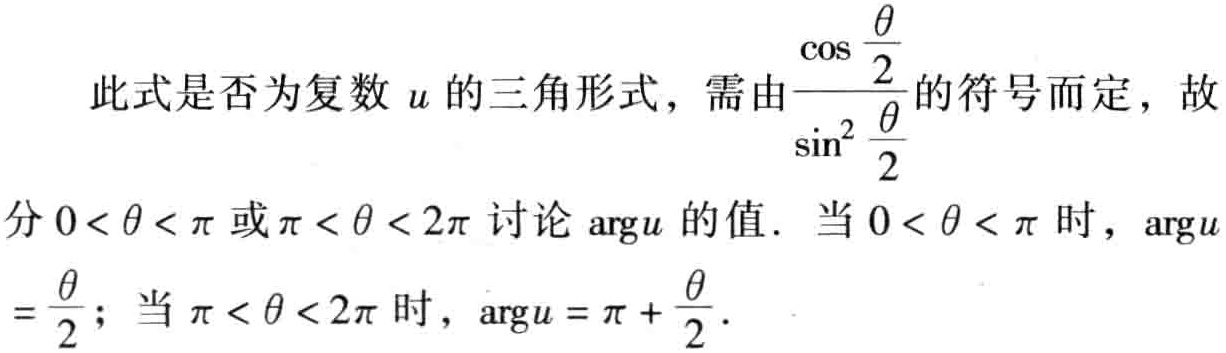
此式是否为复数 \(u\) 的三角形式，需由\(\frac{\cos \frac{\theta}{2}}{\sin^{2} \frac{\theta}{2}}\)的符号而定，故分\(0<\theta<\pi\)或\(\pi<\theta<2\pi\)讨论\(\text{arg}u\)的值. 当\(0<\theta<\pi\)时，\(\text{arg}u = \frac{\theta}{2}\)；当\(\pi<\theta<2\pi\)时，\(\text{arg}u=\pi + \frac{\theta}{2}\).